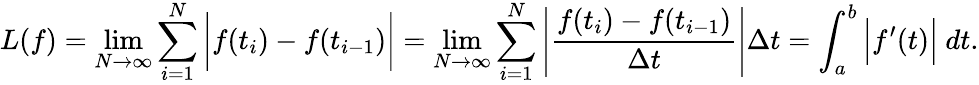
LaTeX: L(f)=\operatorname*{lim}_{N\to\infty}\sum_{i=1}^{N}{\bigg|}f(t_{i})-f(t_{i-1}){\bigg|}=\operatorname*{lim}_{N\to\infty}\sum_{i=1}^{N}\left|{\frac{f(t_{i})-f(t_{i-1})}{\Delta t}}\right|\Delta t=\int_{a}^{b}{\Big|}f^{\prime}(t){\Big|}\ dt.